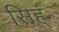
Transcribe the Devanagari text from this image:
सिह्